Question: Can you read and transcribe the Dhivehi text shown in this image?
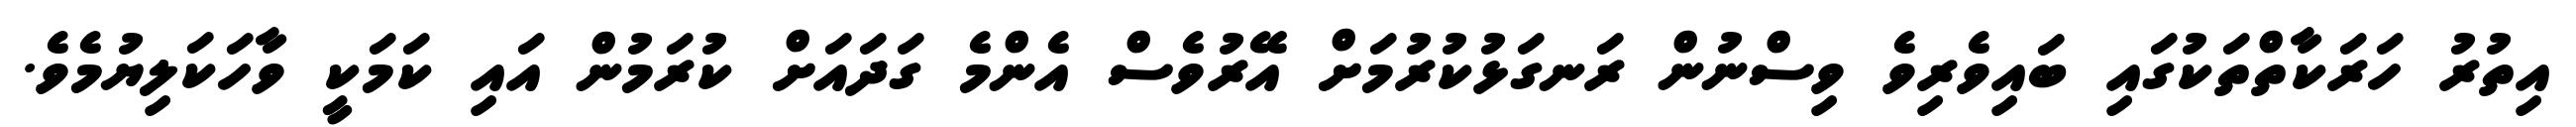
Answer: އިތުރު ހަރަކާތްތަކުގައި ބައިވެރިވެ ވިސްނުން ރަނގަޅުކުރުމަށް އޭރުވެސް އެންމެ ގަދައަށް ކުރަމުން އައި ކަމަކީ ވާހަކަލިޔުމެވެ.